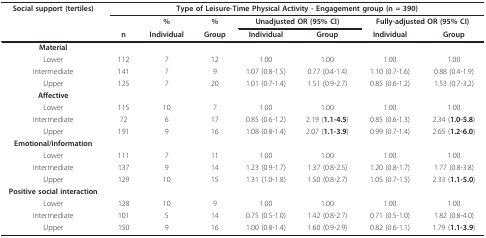
<table><thead><tr><td><b>Social support (tertiles)</b></td><td colspan="7"><b>Type of Leisure-Time Physical Activity - Engagement group (n = 390)</b></td></tr><tr><td></td><td></td><td><b>%</b></td><td><b>%</b></td><td colspan="2"><b>Unadjusted OR (95% CI)</b></td><td colspan="2"><b>Fully-adjusted OR (95% CI)</b></td></tr><tr><td></td><td><b>n</b></td><td><b>Individual</b></td><td><b>Group</b></td><td><b>Individual</b></td><td><b>Group</b></td><td><b>Individual</b></td><td><b>Group</b></td></tr></thead><tbody><tr><td><b>Material</b></td><td></td><td></td><td></td><td></td><td></td><td></td><td></td></tr><tr><td>Lower</td><td>112</td><td>7</td><td>12</td><td>1.00</td><td>1.00</td><td>1.00</td><td>1.00</td></tr><tr><td>Intermediate</td><td>141</td><td>7</td><td>9</td><td>1.07 (0.8-1.5)</td><td>0.77 (0.4-1.4)</td><td>1.10 (0.7-1.6)</td><td>0.88 (0.4-1.9)</td></tr><tr><td>Upper</td><td>125</td><td>7</td><td>20</td><td>1.01 (0.7-1.4)</td><td>1.51 (0.9-2.7)</td><td>0.85 (0.6-1.2)</td><td>1.53 (0.7-3.2)</td></tr><tr><td><b>Affective</b></td><td></td><td></td><td></td><td></td><td></td><td></td><td></td></tr><tr><td>Lower</td><td>115</td><td>10</td><td>7</td><td>1.00</td><td>1.00</td><td>1.00</td><td>1.00</td></tr><tr><td>Intermediate</td><td>72</td><td>6</td><td>17</td><td>0.85 (0.6-1.2)</td><td>2.19 (<b>1.1-4.5</b>)</td><td>0.85 (0.6-1.3)</td><td>2.34 (<b>1.0-5.8</b>)</td></tr><tr><td>Upper</td><td>191</td><td>9</td><td>16</td><td>1.08 (0.8-1.4)</td><td>2.07 (<b>1.1-3.9</b>)</td><td>0.99 (0.7-1.4)</td><td>2.65 (<b>1.2-6.0</b>)</td></tr><tr><td><b>Emotional/information</b></td><td></td><td></td><td></td><td></td><td></td><td></td><td></td></tr><tr><td>Lower</td><td>111</td><td>7</td><td>11</td><td>1.00</td><td>1.00</td><td>1.00</td><td>1.00</td></tr><tr><td>Intermediate</td><td>137</td><td>9</td><td>14</td><td>1.23 (0.9-1.7)</td><td>1.37 (0.8-2.5)</td><td>1.20 (0.8-1.7)</td><td>1.77 (0.8-3.8)</td></tr><tr><td>Upper</td><td>129</td><td>10</td><td>15</td><td>1.31 (1.0-1.8)</td><td>1.50 (0.8-2.7)</td><td>1.05 (0.7-1.5)</td><td>2.33 (<b>1.1-5.0</b>)</td></tr><tr><td><b>Positive social interaction</b></td><td></td><td></td><td></td><td></td><td></td><td></td><td></td></tr><tr><td>Lower</td><td>128</td><td>10</td><td>9</td><td>1.00</td><td>1.00</td><td>1.00</td><td>1.00</td></tr><tr><td>Intermediate</td><td>101</td><td>5</td><td>14</td><td>0.75 (0.5-1.0)</td><td>1.42 (0.8-2.7)</td><td>0.71 (0.5-1.0)</td><td>1.82 (0.8-4.0)</td></tr><tr><td>Upper</td><td>150</td><td>9</td><td>16</td><td>1.00 (0.8-1.4)</td><td>1.60 (0.9-2.9)</td><td>0.82 (0.6-1.1)</td><td>1.79 (<b>1.1-3.9</b>)</td></tr></tbody></table>